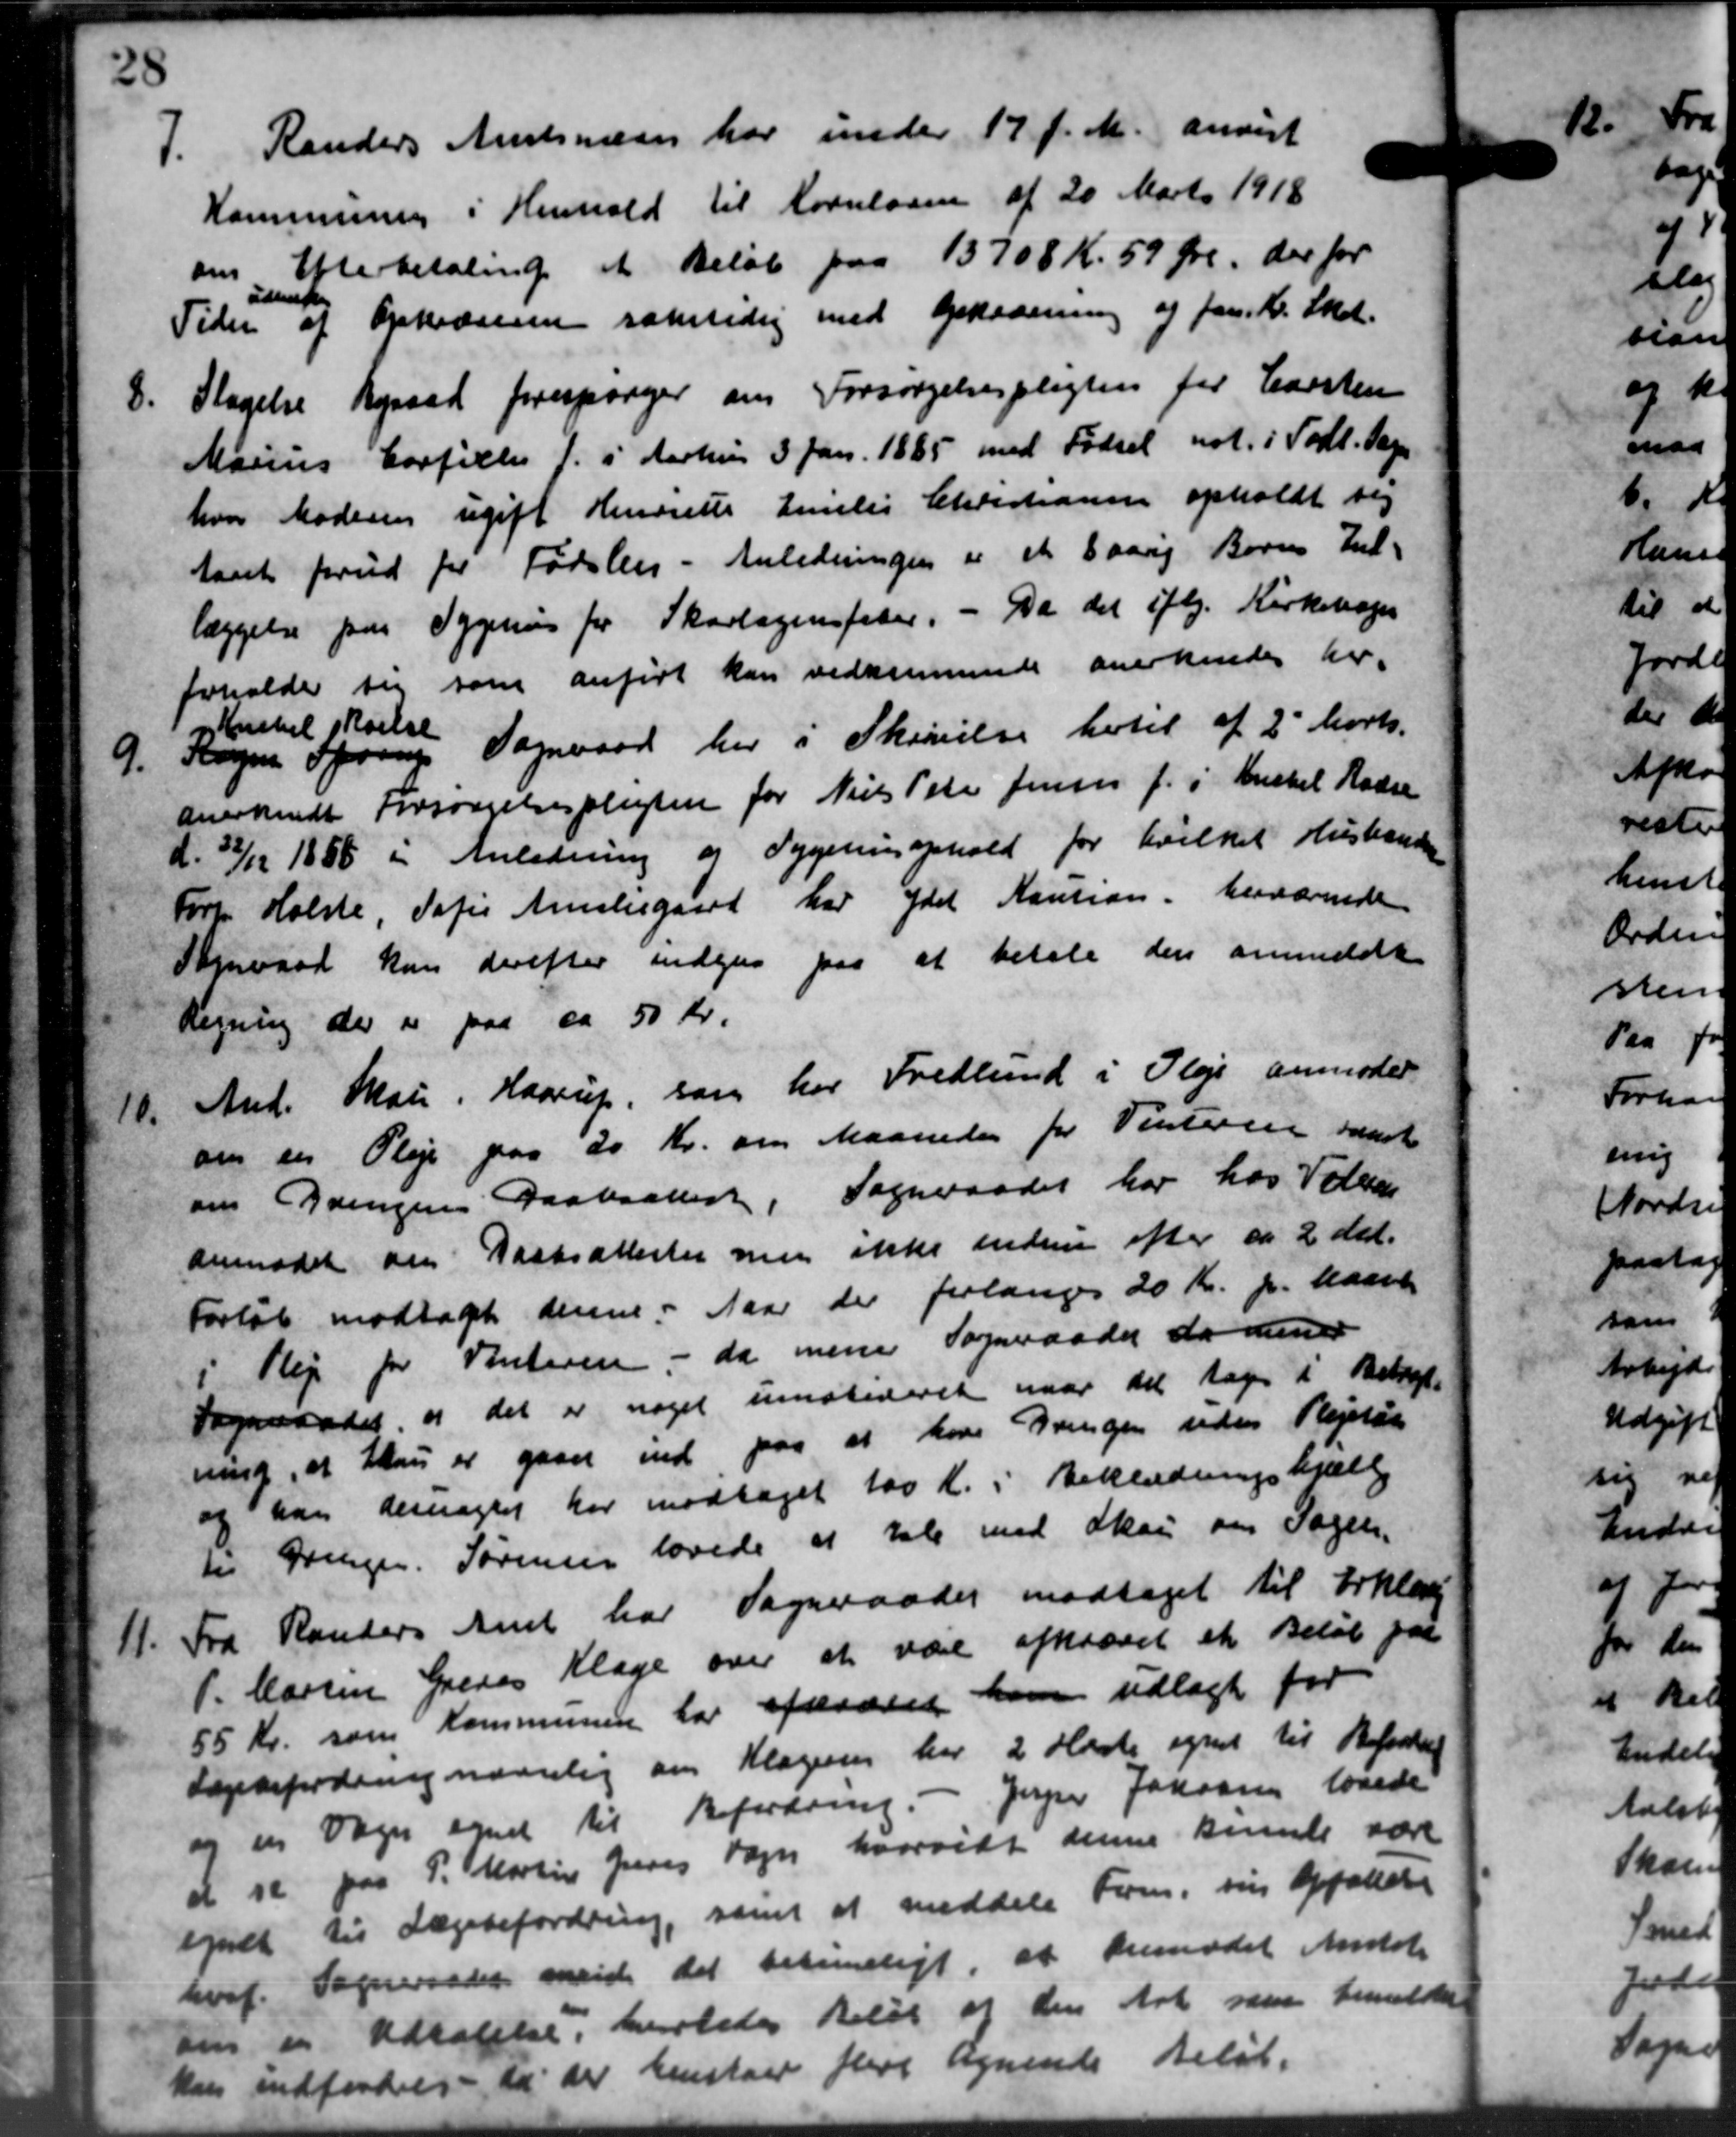
Transskription:
7.
Randers Amtsvæsen har under 17 f. M. anvist
Kommunen i Henhold til Kornloven af 20 Marts 1918
om Efterbetaling et Beløb paa 13708 Kr. 59 Øre, der for
Tiden af Opkræve samtidig med Opkrævning af Jan. K. Skol
iset
8.
Stagelse Byraad forespørger om Forsørgelsespligten for Carsten
Marius Corfixle f. i Aarhus 3 Jan. 1885 med Fødsel not. i Todt. Sogn
hvor Moderen ugift Henriette Emilie Christiansen opholdt sig
Aaret forud for Fødslen - Anledningen er et 8 aarig Børns Ind-
læggelse paa Sygehus for Skovlaginefader. - Da det iflg. Kirkebogen
foholder sig som anført kan vedkommende anerkendes her.
o til skoelse
9.
Kogen Sporup Sogneraad her i Skrivelse hertil af 2' Marts.
anerkendt Forsørgelsespligten for Niels Peter Jensen f. i Anckel Radse
d. 31/12 1856 i Anledning og Sygehusophold for hvilket Husbonde
Forp Holste, Sofie Amstegaard har ydet Kaution. besværende
Sogneraad kan derefter indgar paa at betale den anmeldt
Regning der er paa ca 50 Kr.
10.
And. Mau. Haarup, som har Fredlund i Pleje anmoder
om en Pleje paa 20 Kr. om Maaneden for Vinteren samt
om Bringens Daabsattest. Sogneraadet har hos Valde
anmodet om Fastsattester men ikke endnu efter ca 2 del.
Forløb modtaget denne faar der forlanges 20 Kr. pr. Maane
i Pleje for Vinteren - da mene Sogneraadet da denner
Sogneraadet, og det er noget umatideret naar det tages i Betage
ning, at Lanu er gaaet ind paa at have Bringen uden Plejeløn
og han desuagtet har modtaget 100 Kr. i Beklædningshjælp
til Drengen Sørensen lovede at tale med Skou om Sagen.
11.
Fra Randers Amt har Sogneraadet modtaget til Erklærin
P. Marsen Greves Klage over at være afkrævet et Beløb paa
55 Kr. som Kommunen har afkræve ham udlagt for
Lægefordring nævnlig om Klageren har 2 Heste egnet til Befordring
og en Sager egnet til Befordring. - Jesper Jakonsens lovede
at se paa P. Martin Jens Vogn hvorvidt denne samle være
egnet til Lægebefordring, samt at meddele Form, sin Opfattelse
hvid. Sogneraadet mende det betidigt, at Anemodet Amtst
den er Udtalelse, herledes Beløb af den Art saa bemeldtes
kan indfordres, da der henstaar flere lignende beløb.